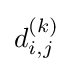
d_{i,j}^{(k)}